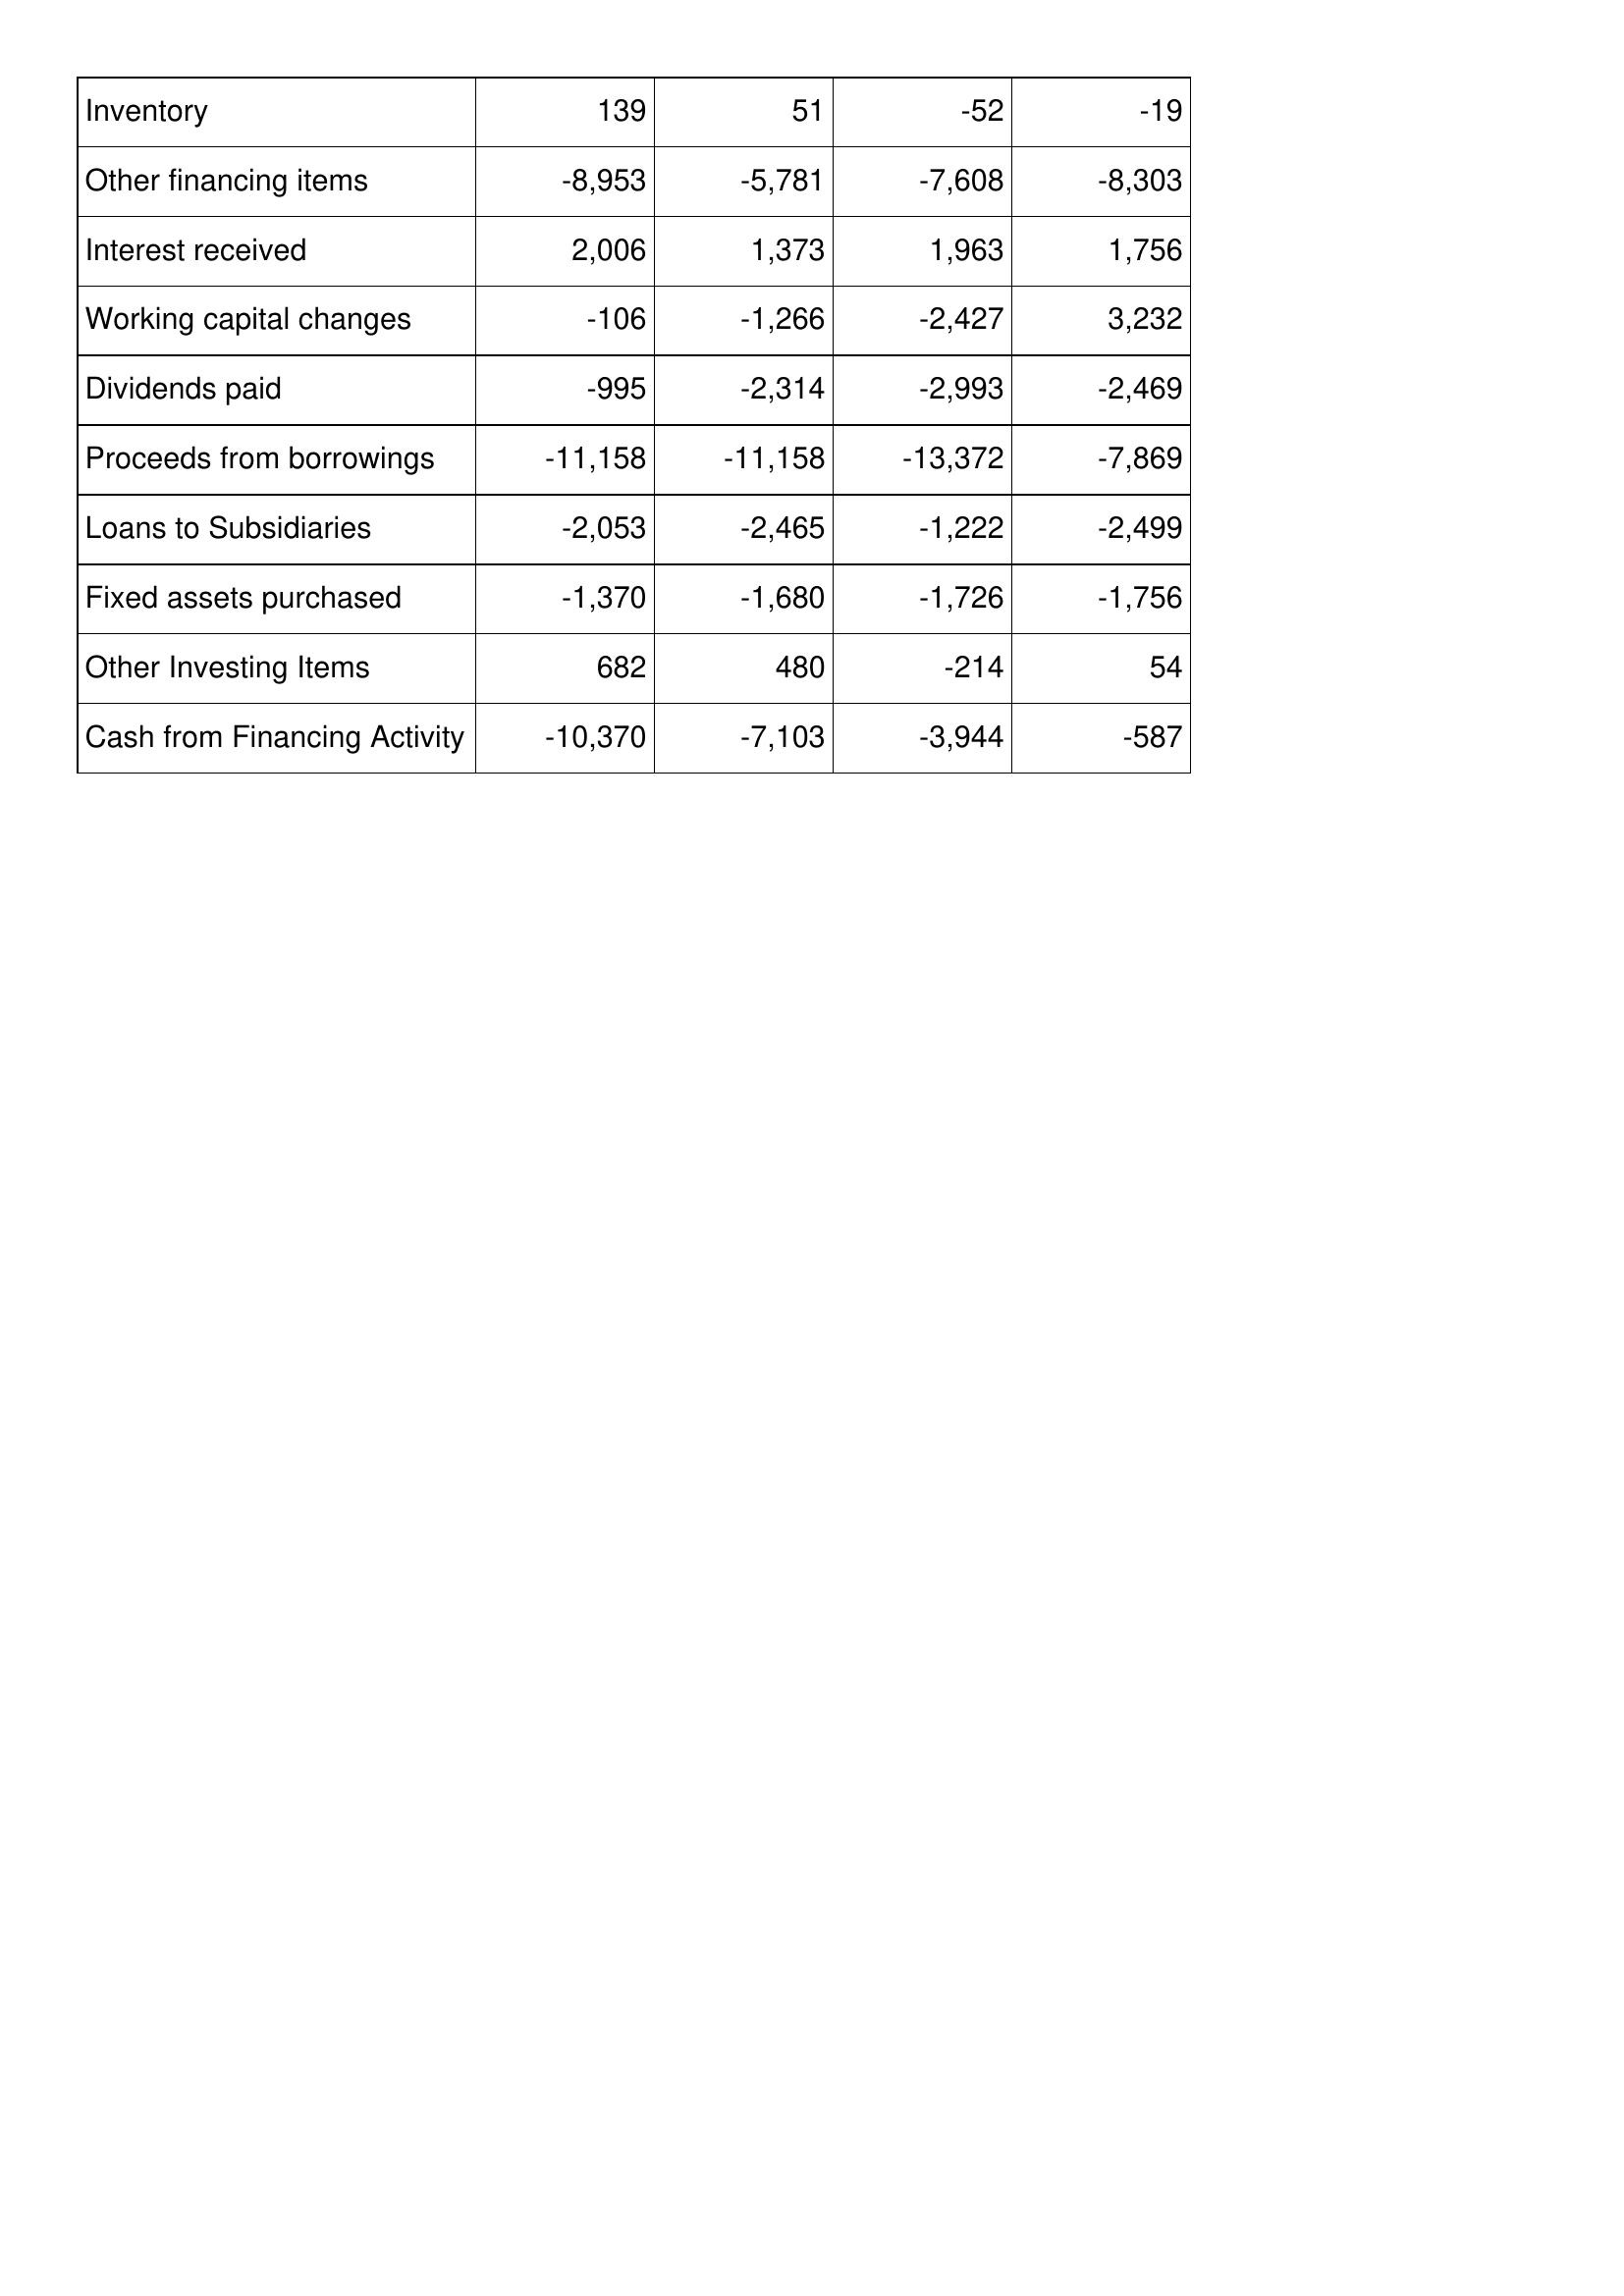
Jul-11: Cash Flows: Inventory: 139
Other financing items: -8,953
Interest received: 2,006
Working capital changes: -106
Dividends paid: -995
Proceeds from borrowings: -11,158
Loans to Subsidiaries: -2,053
Fixed assets purchased: -1,370
Other Investing Items: 682
Cash from Financing Activity: -10,370
Jul-10: Cash Flows: Inventory: 51
Other financing items: -5,781
Interest received: 1,373
Working capital changes: -1,266
Dividends paid: -2,314
Proceeds from borrowings: -11,158
Loans to Subsidiaries: -2,465
Fixed assets purchased: -1,680
Other Investing Items: 480
Cash from Financing Activity: -7,103
Jul-09: Cash Flows: Inventory: -52
Other financing items: -7,608
Interest received: 1,963
Working capital changes: -2,427
Dividends paid: -2,993
Proceeds from borrowings: -13,372
Loans to Subsidiaries: -1,222
Fixed assets purchased: -1,726
Other Investing Items: -214
Cash from Financing Activity: -3,944
Jul-08: Cash Flows: Inventory: -19
Other financing items: -8,303
Interest received: 1,756
Working capital changes: 3,232
Dividends paid: -2,469
Proceeds from borrowings: -7,869
Loans to Subsidiaries: -2,499
Fixed assets purchased: -1,756
Other Investing Items: 54
Cash from Financing Activity: -587